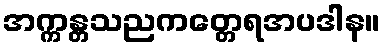
အက္ကန္တသညကတ္တေရအပဒါန။